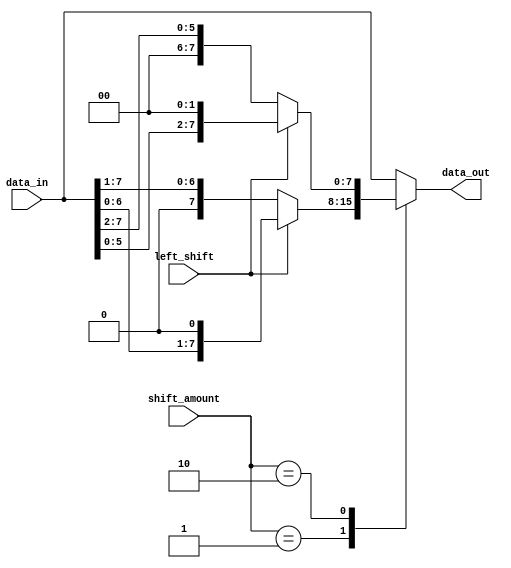
module SparseBarrelShifter(
  input [7:0] data_in,
  input [3:0] shift_amount,
  input left_shift,
  output reg [7:0] data_out
);

always @(*) begin
  case(shift_amount)
    4'd0: data_out = data_in; // No shift
    4'd1: data_out = (left_shift) ? {data_in[6:0], 1'b0} : {1'b0, data_in[7:1]}; // Shift by 1
    4'd2: data_out = (left_shift) ? {data_in[5:0], 2'b00} : {2'b00, data_in[7:2]}; // Shift by 2
    // Add more cases for other shift amounts as needed
    default: data_out = data_in; // Default to no shift
  endcase
end

endmodule